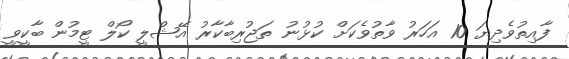
ފާއިތުވެދިޔަ 10 އަހަރު ވާތުވެކަށް ކުޅުނު ތަޖުރިބާކާރު އޭޝްލީ ކޯލް ޓީމުން ބާކީވީ